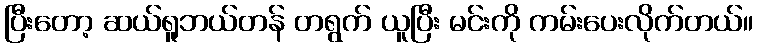
ပြီးတော့ ဆယ်ရူဘယ်တန် တရွက် ယူပြီး မင်းကို ကမ်းပေးလိုက်တယ်။